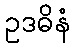
ဥဒဓိနံ